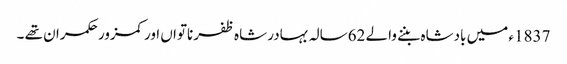
1837ء میں بادشاہ بننے والے 62سالہ بہادر شاہ ظفر ناتواں اورکمزور حکمران تھے ۔